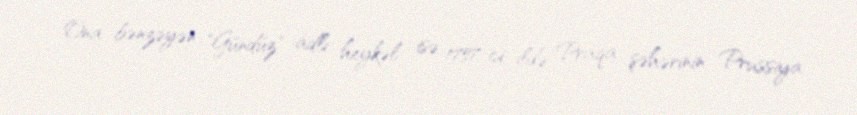
Ona bənzəyən "Gündüz" adlı heykəl isə 1757-ci ildə Praqa şəhərinin Prussiya